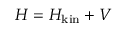
H = H _ { \mathrm { k i n } } + V